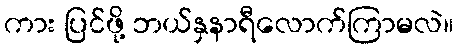
ကား ပြင်ဖို့ ဘယ်နှနာရီလောက်ကြာမလဲ။